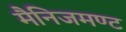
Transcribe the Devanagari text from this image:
मैनिजमण्ट